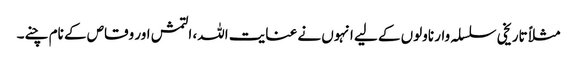
مثلاً تاریخی سلسلہ وار ناولوں کے لیے انہوں نے عنایت اللہ، التمش اور وقاص کے نام چنے۔